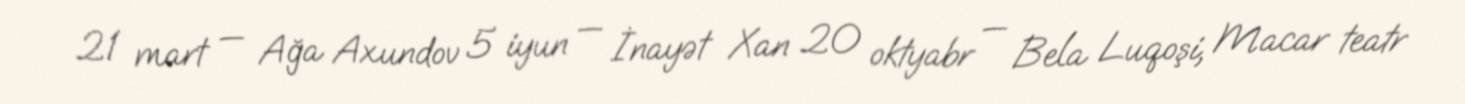
21 mart — Ağa Axundov 5 iyun — İnayət Xan 20 oktyabr — Bela Luqoşi, Macar teatr